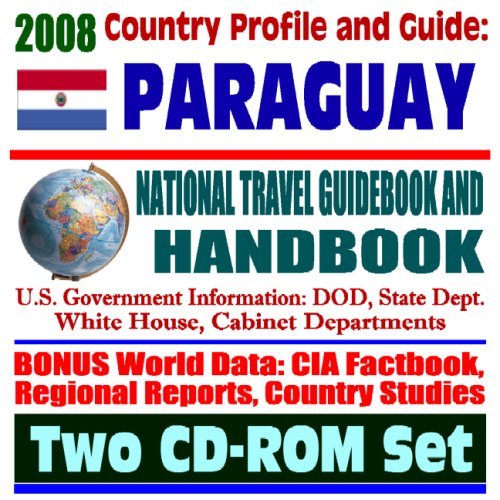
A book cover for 2008 Country Profile and Guide to Paraguay - National Travel Guidebook and Handbook - Triborder Area, Asuncion, MERCOSUR (Two CD-ROM Set); U.S. Government; Travel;